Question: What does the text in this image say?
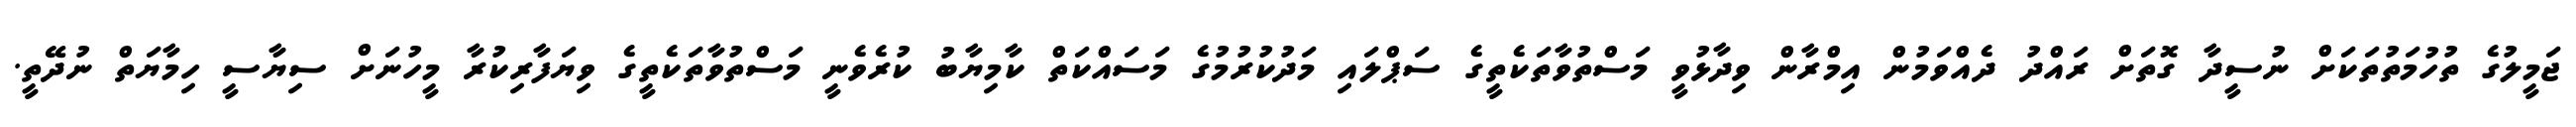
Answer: ޖަމީލުގެ ތުހުމަތުތަކަށް ނުސީދާ ގޮތަށް ރައްދު ދެއްވަމުން އިމްރާން ވިދާޅުވީ މަސްތުވާތަކެތީގެ ސަޕްލައި މަދުކުރުމުގެ މަސައްކަތް ކާމިޔާބު ކުރެވެނީ މަސްތުވާތަކެތީގެ ވިޔަފާރިކުރާ މީހުނަށް ސިޔާސީ ހިމާޔަތް ނުދޭތީ.